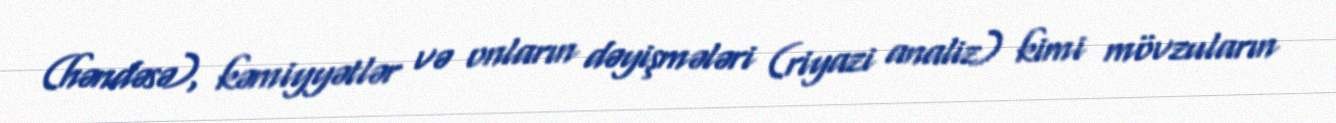
(həndəsə), kəmiyyətlər və onların dəyişmələri (riyazi analiz) kimi mövzuların